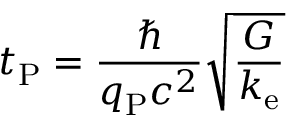
t _ { \mathrm { P } } = { \frac { \hbar } { q _ { \mathrm { P } } c ^ { 2 } } } { \sqrt { \frac { G } { k _ { \mathrm { e } } } } }